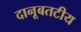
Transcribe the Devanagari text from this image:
दानूबतटीय